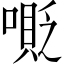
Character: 𠹰